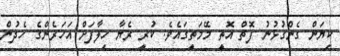
ކިޔަން ގެންގުޅުނު ފޮތް އޮތީ މޭމަތީގައެވެ. ކުރީ ރެޔާ ހިލާފަށް އަހަރެންގެ ހެދުން